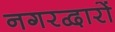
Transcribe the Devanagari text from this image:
नगरद्वारों